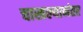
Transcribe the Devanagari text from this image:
चाखल्यानंतर